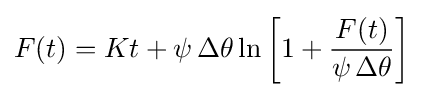
F(t)=Kt+\psi \,\Delta \theta \ln \left[1+{F(t) \over \psi \,\Delta \theta }\right]